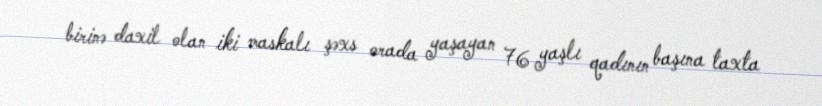
birinə daxil olan iki maskalı şəxs orada yaşayan 76 yaşlı qadının başına taxta